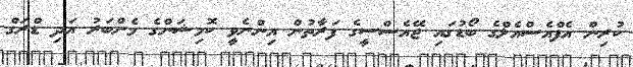
ކުރިން އެފްއެސްއެލްގެ ބޯޑުގައި ޖޭއެސްސީގެ ފަރާތުން އިންނެވީ ކޮމިޝަންގެ މެންބަރު އަދި ޑްރަގް